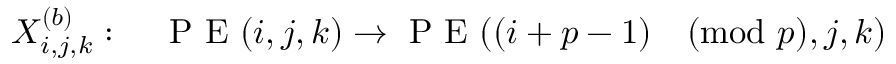
X _ { i , j , k } ^ { ( b ) } : \quad \mathrm { ~ P ~ E ~ } ( i , j , k ) \rightarrow \mathrm { ~ P ~ E ~ } ( ( i + p - 1 ) \pmod p , j , k )